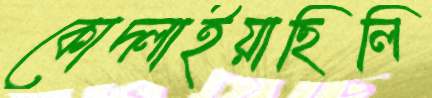
কোদ্‌লাইয়াছিলি